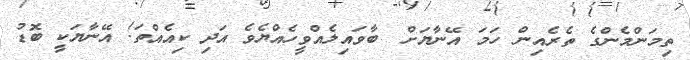
ތިމަންމެންގެ ތެރެއިން ހަމަ އޭނާޔަށް  ބާވައިލެއްވީހެއްޔެވެ އަދި ކިއެއްތަ! އޭނާޔަކީ ބޮޑު